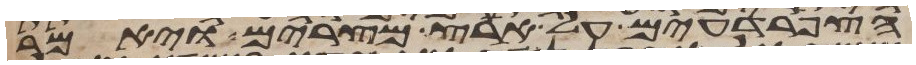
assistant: הצפרדעים על ארץ מצרים ויאמר